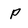
Character: p